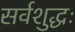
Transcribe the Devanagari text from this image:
सर्वशुद्धः